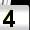
Digit: 4